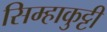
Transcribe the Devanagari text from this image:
सिम्हाकुट्टी